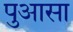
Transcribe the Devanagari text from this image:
पुआसा